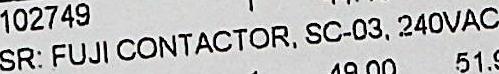
SR: FUJI CONTACTOR, SC-03, 240VAC